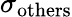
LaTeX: \sigma_{\mathrm{others}}